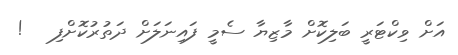
އަށް ވިކްޓަރީ ބަލިކޮށް މާޒިޔާ ސެމީ ފައިނަލަށް ދަތުރުކޮށްފި   !